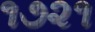
૧૭૨૧